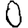
Digit: 0